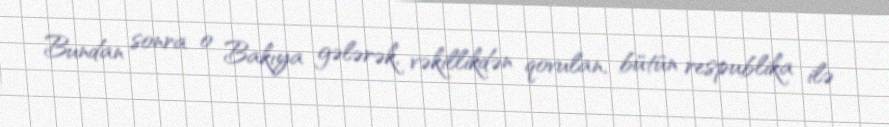
Bundan sonra o Bakıya gələrək, vəkillikdən qovulan, bütün respublika ilə